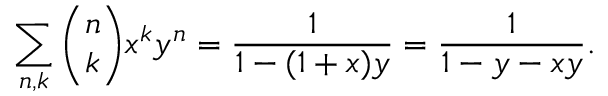
\sum _ { n , k } { \binom { n } { k } } x ^ { k } y ^ { n } = { \frac { 1 } { 1 - ( 1 + x ) y } } = { \frac { 1 } { 1 - y - x y } } .